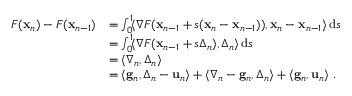
\begin{array} { r l } { F ( { \mathbf x } _ { n } ) - F ( { \mathbf x } _ { n - 1 } ) } & { = \int _ { 0 } ^ { 1 } \! \langle \nabla F ( { \mathbf x } _ { n - 1 } + s ( { \mathbf x } _ { n } - { \mathbf x } _ { n - 1 } ) ) , { \mathbf x } _ { n } - { \mathbf x } _ { n - 1 } \rangle \, \mathrm { d } s } \\ & { = \int _ { 0 } ^ { 1 } \! \langle \nabla F ( { \mathbf x } _ { n - 1 } + s { \boldsymbol \Delta } _ { n } ) , { \boldsymbol \Delta } _ { n } \rangle \, \mathrm { d } s } \\ & { = \langle { \boldsymbol \nabla } _ { n } , { \boldsymbol \Delta } _ { n } \rangle } \\ & { = \langle \mathbf { g } _ { n } , { \boldsymbol \Delta } _ { n } - \mathbf { u } _ { n } \rangle + \langle { \boldsymbol \nabla } _ { n } - \mathbf { g } _ { n } , { \boldsymbol \Delta } _ { n } \rangle + \langle \mathbf { g } _ { n } , \mathbf { u } _ { n } \rangle ~ . } \end{array}